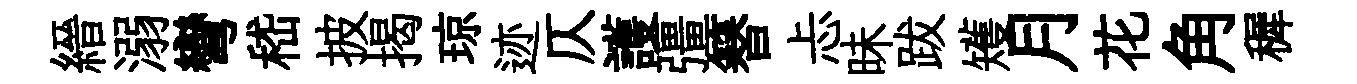
縉溺彎嵇披揭琼迹仄護彊簮忐昧跋矱月花角穉